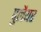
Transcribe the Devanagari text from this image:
पुलैयर